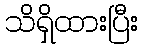
သိရှိထားပြီး